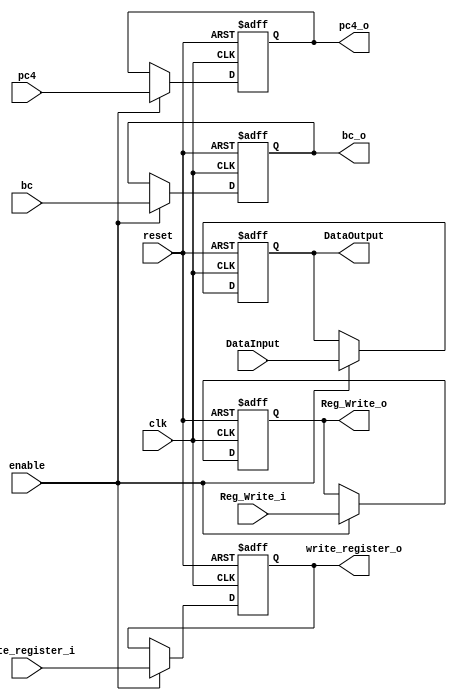
/******************************************************************
* Description
*	This is a register that is used for implementing pipeline stall 
*	1.0
* Author:
*	Gabriela de la Fuente & Daniel Gutirrez
******************************************************************/
module Register_MEM_WB
#(
	parameter N = 32
)
(
	input clk,
	input reset,
	input enable,
	input  [N-1:0] DataInput,
	input bc,
	input  [N-1:0] pc4,
	input Reg_Write_i,
	input	 [4:0] write_register_i,
	
	output reg [4:0] write_register_o,
	output reg Reg_Write_o,
	output reg [N-1:0] pc4_o,
	output reg bc_o,
	output reg [N-1:0] DataOutput
);

always@(negedge reset or negedge clk) begin
	if(reset==0)
		begin
		DataOutput <= 0;
		bc_o<=0;
		pc4_o<=0;
		Reg_Write_o<=0;
		write_register_o<=0;
		end
	else	
		if(enable==1)
		begin
			DataOutput<=DataInput;
			bc_o<=bc;
			pc4_o<=pc4;
			Reg_Write_o<=Reg_Write_i;
			write_register_o<=write_register_i;
		end
end

endmodule